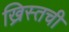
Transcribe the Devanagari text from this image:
ख्रिस्तची